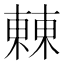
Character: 㯥